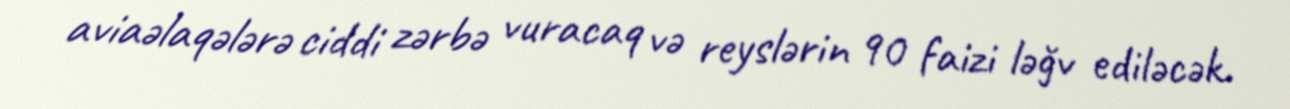
aviaəlaqələrə ciddi zərbə vuracaq və reyslərin 90 faizi ləğv ediləcək.